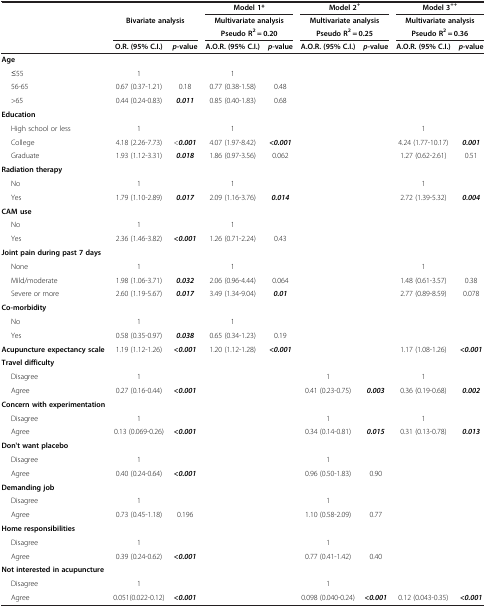
<table><thead><tr><td colspan="3">[EMPTY_CELL]</td><td colspan="2"><b>Model 1*</b></td><td colspan="2"><b>Model 2<sup>+</sup></b></td><td colspan="2"><b>Model 3<sup>++</sup></b></td></tr><tr><td>[EMPTY_CELL]</td><td colspan="2"><b>Bivariate analysis</b></td><td colspan="2"><b>Multivariate analysis</b></td><td colspan="2"><b>Multivariate analysis</b></td><td colspan="2"><b>Multivariate analysis</b></td></tr><tr><td>[EMPTY_CELL]</td><td colspan="2">[EMPTY_CELL]</td><td colspan="2"><b>Pseudo R<sup>2</sup> = 0.20</b></td><td colspan="2"><b>Pseudo R<sup>2</sup> = 0.25</b></td><td colspan="2"><b>Pseudo R<sup>2</sup> = 0.36</b></td></tr><tr><td>[EMPTY_CELL]</td><td><b>O.R. (95% C.I.)</b></td><td><b><i>p</i>-value</b></td><td><b>A.O.R. (95% C.I.)</b></td><td><b><i>p</i>-value</b></td><td><b>A.O.R. (95% C.I.)</b></td><td><b><i>p</i>-value</b></td><td><b>A.O.R. (95% C.I.)</b></td><td><b><i>p</i>-value</b></td></tr></thead><tbody><tr><td><b>Age</b></td><td>[EMPTY_CELL]</td><td>[EMPTY_CELL]</td><td>[EMPTY_CELL]</td><td>[EMPTY_CELL]</td><td>[EMPTY_CELL]</td><td>[EMPTY_CELL]</td><td>[EMPTY_CELL]</td><td>[EMPTY_CELL]</td></tr><tr><td>≤55</td><td>1</td><td>[EMPTY_CELL]</td><td>1</td><td>[EMPTY_CELL]</td><td>[EMPTY_CELL]</td><td>[EMPTY_CELL]</td><td>[EMPTY_CELL]</td><td>[EMPTY_CELL]</td></tr><tr><td>56-65</td><td>0.67 (0.37-1.21)</td><td>0.18</td><td>0.77 (0.38-1.58)</td><td>0.48</td><td>[EMPTY_CELL]</td><td>[EMPTY_CELL]</td><td>[EMPTY_CELL]</td><td>[EMPTY_CELL]</td></tr><tr><td>&gt;65</td><td>0.44 (0.24-0.83)</td><td><b><i>0.011</i></b></td><td>0.85 (0.40-1.83)</td><td>0.68</td><td>[EMPTY_CELL]</td><td>[EMPTY_CELL]</td><td>[EMPTY_CELL]</td><td>[EMPTY_CELL]</td></tr><tr><td><b>Education</b></td><td>[EMPTY_CELL]</td><td>[EMPTY_CELL]</td><td>[EMPTY_CELL]</td><td>[EMPTY_CELL]</td><td>[EMPTY_CELL]</td><td>[EMPTY_CELL]</td><td>[EMPTY_CELL]</td><td>[EMPTY_CELL]</td></tr><tr><td>High school or less</td><td>1</td><td>[EMPTY_CELL]</td><td>1</td><td>[EMPTY_CELL]</td><td>[EMPTY_CELL]</td><td>[EMPTY_CELL]</td><td>1</td><td>[EMPTY_CELL]</td></tr><tr><td>College</td><td>4.18 (2.26-7.73)</td><td>&lt;<b><i>0.001</i></b></td><td>4.07 (1.97-8.42)</td><td><b><i>&lt;0.001</i></b></td><td>[EMPTY_CELL]</td><td>[EMPTY_CELL]</td><td>4.24 (1.77-10.17)</td><td><b><i>0.001</i></b></td></tr><tr><td>Graduate</td><td>1.93 (1.12-3.31)</td><td><b><i>0.018</i></b></td><td>1.86 (0.97-3.56)</td><td>0.062</td><td>[EMPTY_CELL]</td><td>[EMPTY_CELL]</td><td>1.27 (0.62-2.61)</td><td>0.51</td></tr><tr><td><b>Radiation therapy</b></td><td>[EMPTY_CELL]</td><td>[EMPTY_CELL]</td><td>[EMPTY_CELL]</td><td>[EMPTY_CELL]</td><td>[EMPTY_CELL]</td><td>[EMPTY_CELL]</td><td>[EMPTY_CELL]</td><td>[EMPTY_CELL]</td></tr><tr><td>No</td><td>1</td><td>[EMPTY_CELL]</td><td>1</td><td>[EMPTY_CELL]</td><td>[EMPTY_CELL]</td><td>[EMPTY_CELL]</td><td>1</td><td>[EMPTY_CELL]</td></tr><tr><td>Yes</td><td>1.79 (1.10-2.89)</td><td><b><i>0.017</i></b></td><td>2.09 (1.16-3.76)</td><td><b><i>0.014</i></b></td><td>[EMPTY_CELL]</td><td>[EMPTY_CELL]</td><td>2.72 (1.39-5.32)</td><td><b><i>0.004</i></b></td></tr><tr><td><b>CAM use</b></td><td>[EMPTY_CELL]</td><td>[EMPTY_CELL]</td><td>[EMPTY_CELL]</td><td>[EMPTY_CELL]</td><td>[EMPTY_CELL]</td><td>[EMPTY_CELL]</td><td>[EMPTY_CELL]</td><td>[EMPTY_CELL]</td></tr><tr><td>No</td><td>1</td><td>[EMPTY_CELL]</td><td>1</td><td>[EMPTY_CELL]</td><td>[EMPTY_CELL]</td><td>[EMPTY_CELL]</td><td>[EMPTY_CELL]</td><td>[EMPTY_CELL]</td></tr><tr><td>Yes</td><td>2.36 (1.46-3.82)</td><td><b><i>&lt;0.001</i></b></td><td>1.26 (0.71-2.24)</td><td>0.43</td><td>[EMPTY_CELL]</td><td>[EMPTY_CELL]</td><td>[EMPTY_CELL]</td><td>[EMPTY_CELL]</td></tr><tr><td><b>Joint pain during past 7 days</b></td><td>[EMPTY_CELL]</td><td>[EMPTY_CELL]</td><td>[EMPTY_CELL]</td><td>[EMPTY_CELL]</td><td>[EMPTY_CELL]</td><td>[EMPTY_CELL]</td><td>[EMPTY_CELL]</td><td>[EMPTY_CELL]</td></tr><tr><td>None</td><td>1</td><td>[EMPTY_CELL]</td><td>1</td><td>[EMPTY_CELL]</td><td>[EMPTY_CELL]</td><td>[EMPTY_CELL]</td><td>1</td><td>[EMPTY_CELL]</td></tr><tr><td>Mild/moderate</td><td>1.98 (1.06-3.71)</td><td><b><i>0.032</i></b></td><td>2.06 (0.96-4.44)</td><td>0.064</td><td>[EMPTY_CELL]</td><td>[EMPTY_CELL]</td><td>1.48 (0.61-3.57)</td><td>0.38</td></tr><tr><td>Severe or more</td><td>2.60 (1.19-5.67)</td><td><b><i>0.017</i></b></td><td>3.49 (1.34-9.04)</td><td><b><i>0.01</i></b></td><td>[EMPTY_CELL]</td><td>[EMPTY_CELL]</td><td>2.77 (0.89-8.59)</td><td>0.078</td></tr><tr><td><b>Co-morbidity</b></td><td>[EMPTY_CELL]</td><td>[EMPTY_CELL]</td><td>[EMPTY_CELL]</td><td>[EMPTY_CELL]</td><td>[EMPTY_CELL]</td><td>[EMPTY_CELL]</td><td>[EMPTY_CELL]</td><td>[EMPTY_CELL]</td></tr><tr><td>No</td><td>1</td><td>[EMPTY_CELL]</td><td>1</td><td>[EMPTY_CELL]</td><td>[EMPTY_CELL]</td><td>[EMPTY_CELL]</td><td>[EMPTY_CELL]</td><td>[EMPTY_CELL]</td></tr><tr><td>Yes</td><td>0.58 (0.35-0.97)</td><td><b><i>0.038</i></b></td><td>0.65 (0.34-1.23)</td><td>0.19</td><td>[EMPTY_CELL]</td><td>[EMPTY_CELL]</td><td>[EMPTY_CELL]</td><td>[EMPTY_CELL]</td></tr><tr><td><b>Acupuncture expectancy scale</b></td><td>1.19 (1.12-1.26)</td><td><b><i>&lt;0.001</i></b></td><td>1.20 (1.12-1.28)</td><td><b><i>&lt;0.001</i></b></td><td>[EMPTY_CELL]</td><td>[EMPTY_CELL]</td><td>1.17 (1.08-1.26)</td><td><b><i>&lt;0.001</i></b></td></tr><tr><td><b>Travel difficulty</b></td><td>[EMPTY_CELL]</td><td>[EMPTY_CELL]</td><td>[EMPTY_CELL]</td><td>[EMPTY_CELL]</td><td>[EMPTY_CELL]</td><td>[EMPTY_CELL]</td><td>[EMPTY_CELL]</td><td>[EMPTY_CELL]</td></tr><tr><td>Disagree</td><td>1</td><td>[EMPTY_CELL]</td><td>[EMPTY_CELL]</td><td>[EMPTY_CELL]</td><td>1</td><td>[EMPTY_CELL]</td><td>1</td><td>[EMPTY_CELL]</td></tr><tr><td>Agree</td><td>0.27 (0.16-0.44)</td><td><b><i>&lt;0.001</i></b></td><td>[EMPTY_CELL]</td><td>[EMPTY_CELL]</td><td>0.41 (0.23-0.75)</td><td><b><i>0.003</i></b></td><td>0.36 (0.19-0.68)</td><td><b><i>0.002</i></b></td></tr><tr><td><b>Concern with experimentation</b></td><td>[EMPTY_CELL]</td><td>[EMPTY_CELL]</td><td>[EMPTY_CELL]</td><td>[EMPTY_CELL]</td><td>[EMPTY_CELL]</td><td>[EMPTY_CELL]</td><td>[EMPTY_CELL]</td><td>[EMPTY_CELL]</td></tr><tr><td>Disagree</td><td>1</td><td>[EMPTY_CELL]</td><td>[EMPTY_CELL]</td><td>[EMPTY_CELL]</td><td>1</td><td>[EMPTY_CELL]</td><td>1</td><td>[EMPTY_CELL]</td></tr><tr><td>Agree</td><td>0.13 (0.069-0.26)</td><td><b><i>&lt;0.001</i></b></td><td>[EMPTY_CELL]</td><td>[EMPTY_CELL]</td><td>0.34 (0.14-0.81)</td><td><b><i>0.015</i></b></td><td>0.31 (0.13-0.78)</td><td><b><i>0.013</i></b></td></tr><tr><td><b>Don't want placebo</b></td><td>[EMPTY_CELL]</td><td>[EMPTY_CELL]</td><td>[EMPTY_CELL]</td><td>[EMPTY_CELL]</td><td>[EMPTY_CELL]</td><td>[EMPTY_CELL]</td><td>[EMPTY_CELL]</td><td>[EMPTY_CELL]</td></tr><tr><td>Disagree</td><td>1</td><td>[EMPTY_CELL]</td><td>[EMPTY_CELL]</td><td>[EMPTY_CELL]</td><td>1</td><td>[EMPTY_CELL]</td><td>[EMPTY_CELL]</td><td>[EMPTY_CELL]</td></tr><tr><td>Agree</td><td>0.40 (0.24-0.64)</td><td><b><i>&lt;0.001</i></b></td><td>[EMPTY_CELL]</td><td>[EMPTY_CELL]</td><td>0.96 (0.50-1.83)</td><td>0.90</td><td>[EMPTY_CELL]</td><td>[EMPTY_CELL]</td></tr><tr><td><b>Demanding job</b></td><td>[EMPTY_CELL]</td><td>[EMPTY_CELL]</td><td>[EMPTY_CELL]</td><td>[EMPTY_CELL]</td><td>[EMPTY_CELL]</td><td>[EMPTY_CELL]</td><td>[EMPTY_CELL]</td><td>[EMPTY_CELL]</td></tr><tr><td>Disagree</td><td>1</td><td>[EMPTY_CELL]</td><td>[EMPTY_CELL]</td><td>[EMPTY_CELL]</td><td>1</td><td>[EMPTY_CELL]</td><td>[EMPTY_CELL]</td><td>[EMPTY_CELL]</td></tr><tr><td>Agree</td><td>0.73 (0.45-1.18)</td><td>0.196</td><td>[EMPTY_CELL]</td><td>[EMPTY_CELL]</td><td>1.10 (0.58-2.09)</td><td>0.77</td><td>[EMPTY_CELL]</td><td>[EMPTY_CELL]</td></tr><tr><td><b>Home responsibilities</b></td><td>[EMPTY_CELL]</td><td>[EMPTY_CELL]</td><td>[EMPTY_CELL]</td><td>[EMPTY_CELL]</td><td>[EMPTY_CELL]</td><td>[EMPTY_CELL]</td><td>[EMPTY_CELL]</td><td>[EMPTY_CELL]</td></tr><tr><td>Disagree</td><td>1</td><td>[EMPTY_CELL]</td><td>[EMPTY_CELL]</td><td>[EMPTY_CELL]</td><td>1</td><td>[EMPTY_CELL]</td><td>[EMPTY_CELL]</td><td>[EMPTY_CELL]</td></tr><tr><td>Agree</td><td>0.39 (0.24-0.62)</td><td><b><i>&lt;0.001</i></b></td><td>[EMPTY_CELL]</td><td>[EMPTY_CELL]</td><td>0.77 (0.41-1.42)</td><td>0.40</td><td>[EMPTY_CELL]</td><td>[EMPTY_CELL]</td></tr><tr><td><b>Not interested in acupuncture</b></td><td>[EMPTY_CELL]</td><td>[EMPTY_CELL]</td><td>[EMPTY_CELL]</td><td>[EMPTY_CELL]</td><td>[EMPTY_CELL]</td><td>[EMPTY_CELL]</td><td>[EMPTY_CELL]</td><td>[EMPTY_CELL]</td></tr><tr><td>Disagree</td><td>1</td><td>[EMPTY_CELL]</td><td>[EMPTY_CELL]</td><td>[EMPTY_CELL]</td><td>1</td><td>[EMPTY_CELL]</td><td>[EMPTY_CELL]</td><td>[EMPTY_CELL]</td></tr><tr><td>Agree</td><td>0.051(0.022-0.12)</td><td><b><i>&lt;0.001</i></b></td><td>[EMPTY_CELL]</td><td>[EMPTY_CELL]</td><td>0.098 (0.040-0.24)</td><td><b><i>&lt;0.001</i></b></td><td>0.12 (0.043-0.35)</td><td><b><i>&lt;0.001</i></b></td></tr></tbody></table>